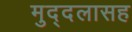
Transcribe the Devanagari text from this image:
मुद्दलासह